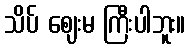
သိပ် ဈေးမ ကြီးပါဘူး။